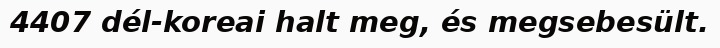
4407 dél-koreai halt meg, és megsebesült.